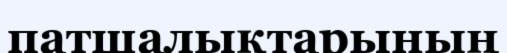
патшалықтарының